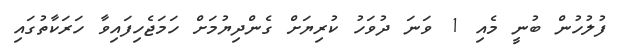
ފުލުހުން ބުނީ މެއި 1 ވަނަ ދުވަހު ކުރިޔަށް ގެންދިޔުމަށް ހަމަޖެހިފައިވާ ހަރަކާތުގައި